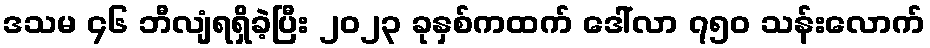
ဒသမ ၄၆ ဘီလျံရရှိခဲ့ပြီး ၂၀၂၃ ခုနှစ်ကထက် ဒေါ်လာ ၇၅၀ သန်းလောက်